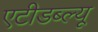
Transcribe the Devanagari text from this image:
एटीडब्ल्यू